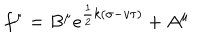
LaTeX: f ^ { \mu } = B ^ { \mu } e ^ { \frac { 1 } { 2 } k ( \sigma - v \tau ) } + A ^ { \mu }